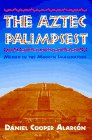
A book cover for The Aztec Palimpsest: Mexico in the Modern Imagination; Daniel Cooper AlarcÃ³n; History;